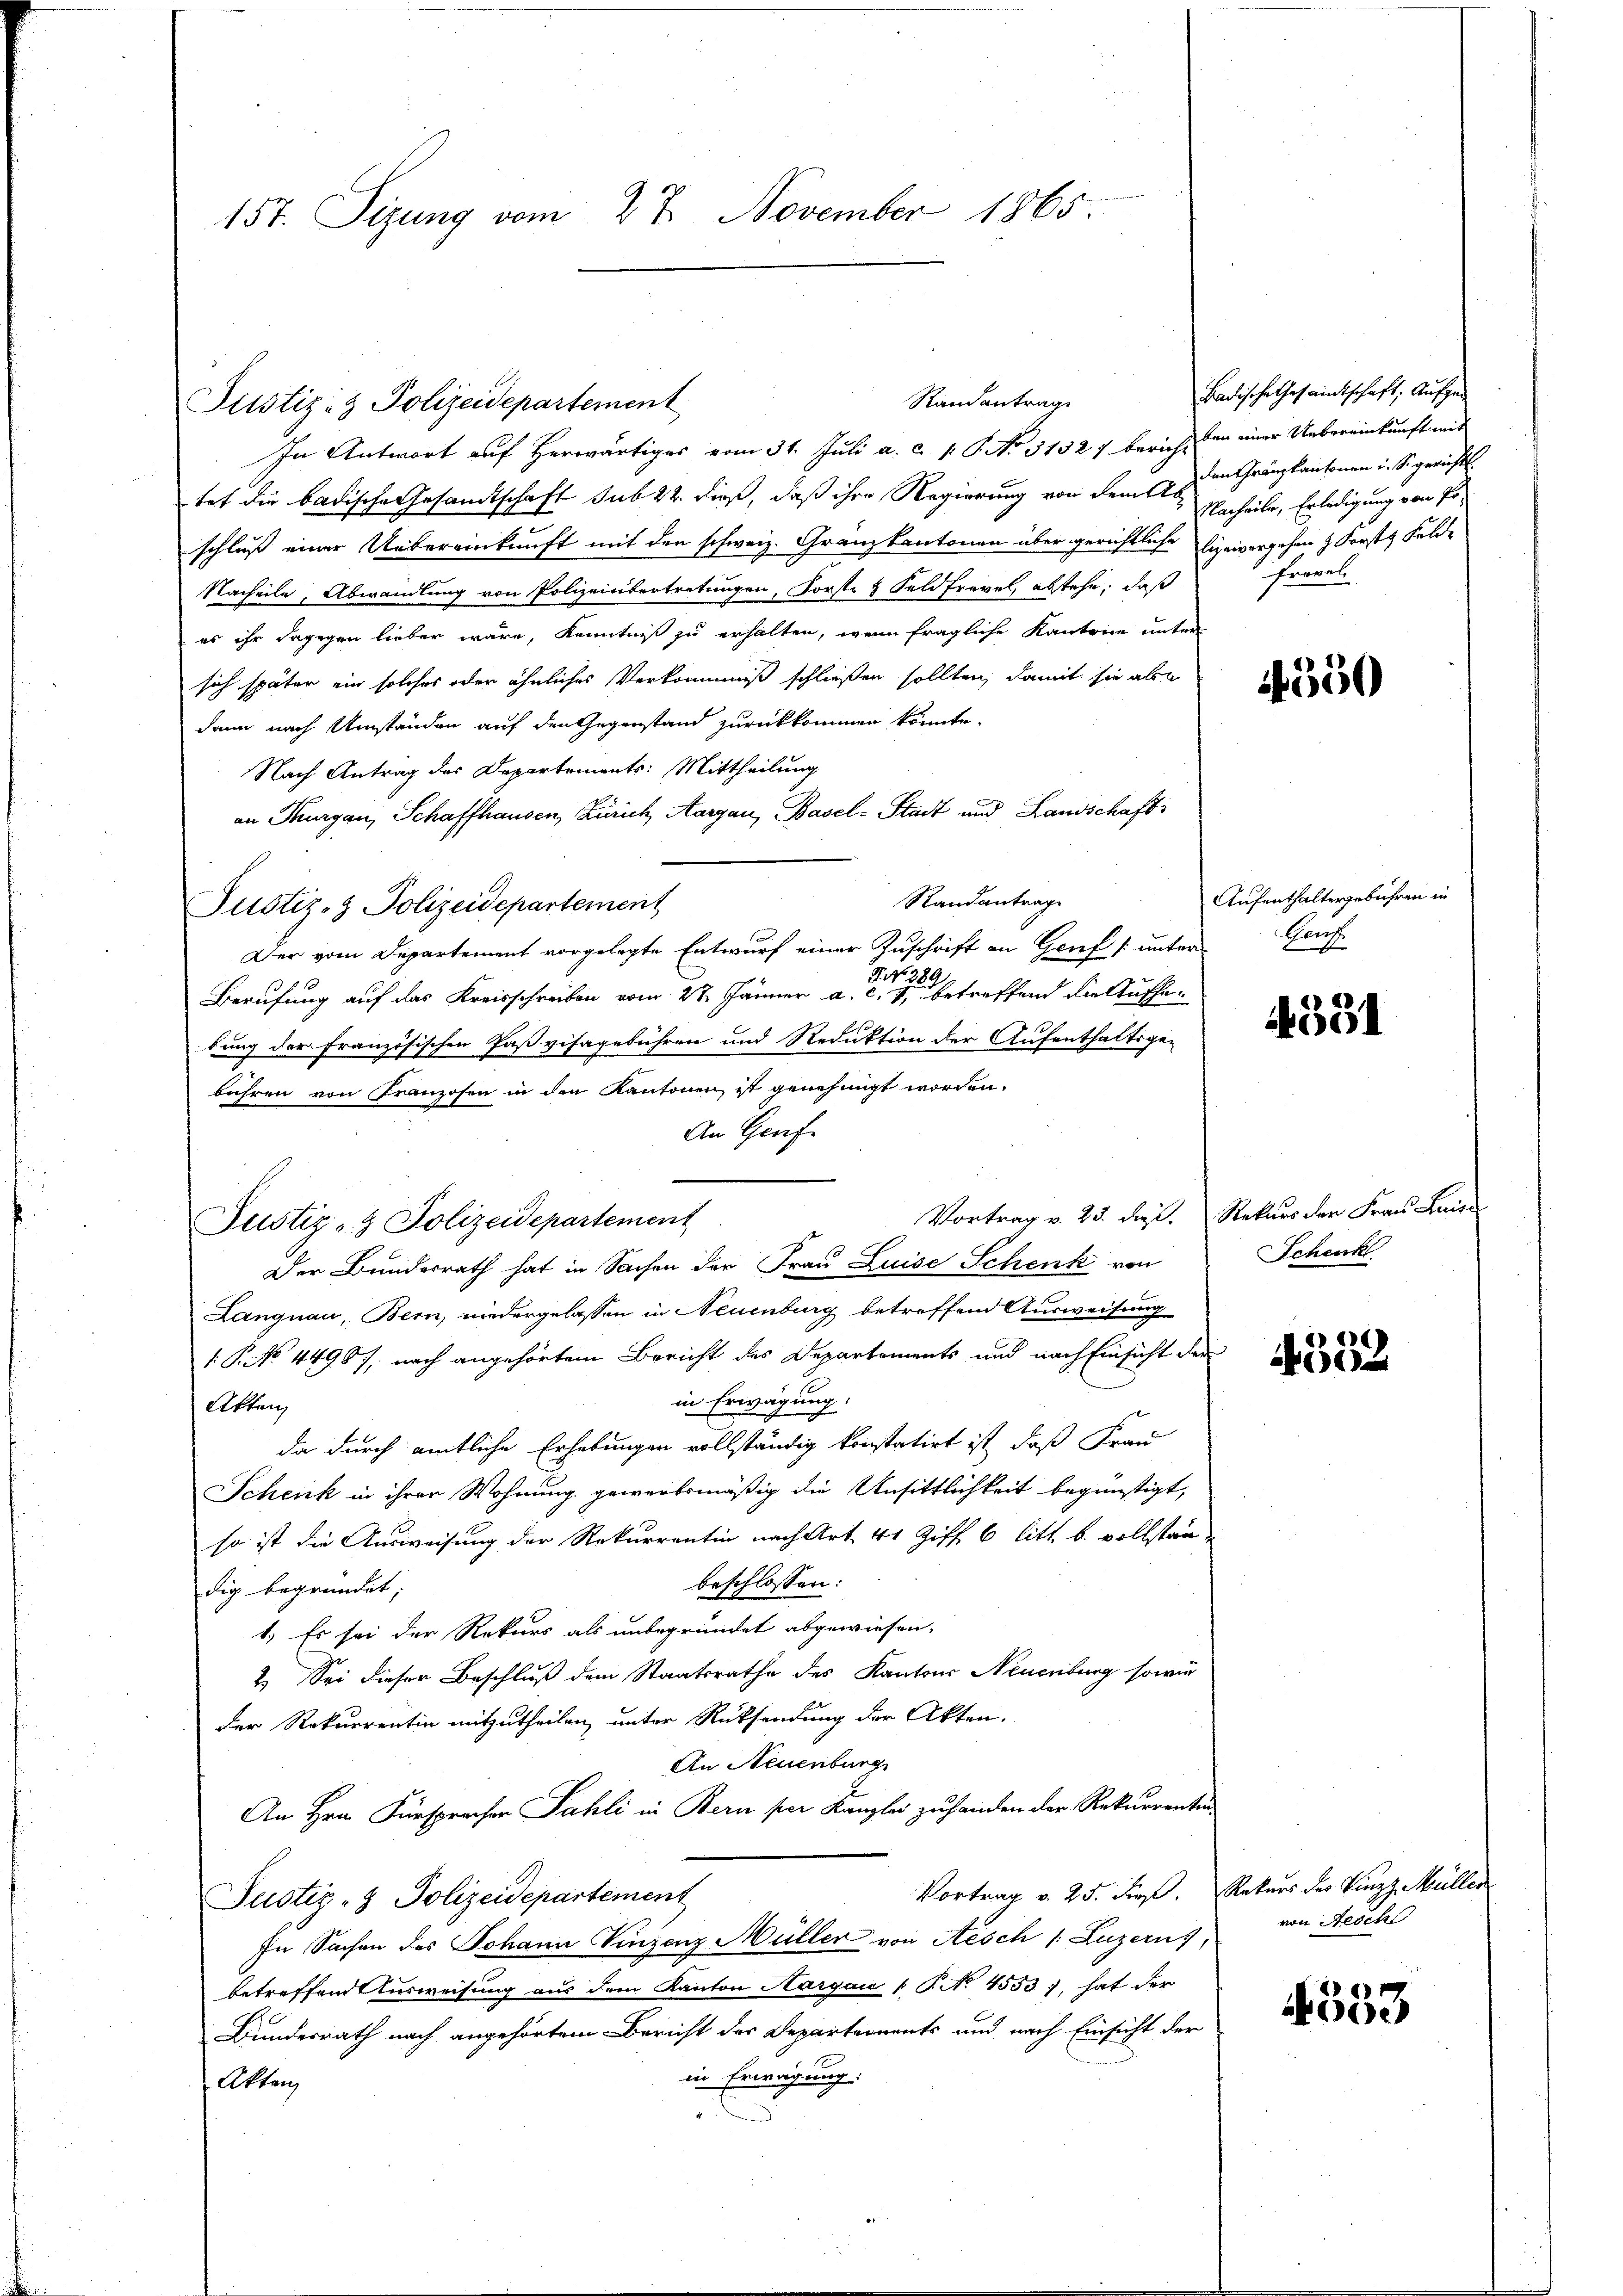
157. Sizung vom 27. November 1865.

In Antwort auf Herwärtiges vom 31. Juli a. c. s. S. No 31527 bericht ten einer Uebereinkunft mit
tet die badische Gesamtschaft sub 22. dieß, daß ihre Regierung von dem Nacheile, Erledigung von Poschluß einer Uebereinkunft mit den schweiz. Gränzkantonen über gerichtliche lizeivergehen Forsts Feld¬
Nacheile, Abwandlung von Polizeinbertretungen, Forste & Feldfrevel, abstehe, daß
es ihr dagegen lieber wäre, Kenntniß zu erhalten, wenn fragliche Kantone unter
sich später ein solches oder ähnliches Verkommiß schließen sollten, damit sie abe
dann nach Umständen auf den Gegenstand zurückkommen könnte.
Nach Antrag des Departements: Mittheilung
an Thurgau, Schaffhausen, Zürich, Aargau, Basel-Stadt und Landschaft
Standantrage
Justiz- & Polizeidepartement
Der vom Departement vorgelegte Entwurf einer Zuschrift an Genf [unter
P. No 289.
Berufung auf das Kreisschreiben vom 27. Jänner a. c. 1, betreffend die Aufhebung der französischen Paßvisagebühren und Reduktion der Aufenthaltsge-
bähren von Franzosen in den Kantonen ist genehmigt worden.
An Genf.
Vortrag v. 23. dez. Rekurs der Frau Luise
Justiz- & Polizeidepartement
Der Bundesrath hat in Sachen der Frau Luise Schenk von
Langnau, Bern, niedergelassen in Neuenburg betreffend Ausweisung
.P. No. 4496, nach angehörtem Bericht des Departements und nach Einsicht der
in Erwägung
Akten
da durch amtliche Erhebungen vollständig konstatirt ist, daß Frau
Schenk in ihrer Wohnung gewerbsmäßig die Ansittlichkeit begünstigt,
so ist die Ausweisung der Rekurrentin nach Art 41 Ziff. 6 litt. b. vollstanbeschlossen:
dig begründet;
1.) Es sei der Rekurs als unbegründet abgewiesen.
2.) Sei dieser Beschluß dem Staatsrathe des Kantons Neuenburg sowie
Der Rekurrentin mitzutheilen, unter Rücksendung der Akten,
An Neuenburg
An Hrn. Fürsprachen Sahli in Bern per Kanzlei zu handen der Rekurrenten
Vortrag v. 25. Frz. Rekurs des Vinzz Müller
Justiz- & Polizeidepartement
In Sachen des Johann Vinzenz Müller von Aesch /: Luzern),
betreffend Ausweisung aus dem Kanton Aargau 1 S. No 4553), hat der
Bundesrath nach angehörtem Bericht der Departements und nach Einsicht der
in Erwägung:
Akten

Justiz- & Polizeidepartement

Randantrag

Badische Gesandtschaft, Aufge
den Gränzkantonen i. So gericht.
Frovel

4550

Aufenthaltergebühren in
Gauf.

4591

Schenk

4352

von Aesch

4553